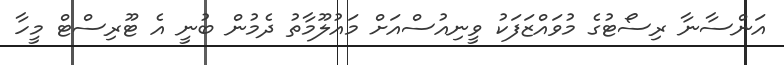
އަންސާނާ ރިސޯޓުގެ މުވައްޒަފަކު ވީނިއުސްއަށް މައުލޫމާތު ދެމުން ބުނީ އެ ޓޫރިސްޓް މީހާ